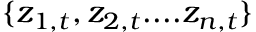
\{ z _ { 1 , t } , z _ { 2 , t } . . . . z _ { n , t } \}